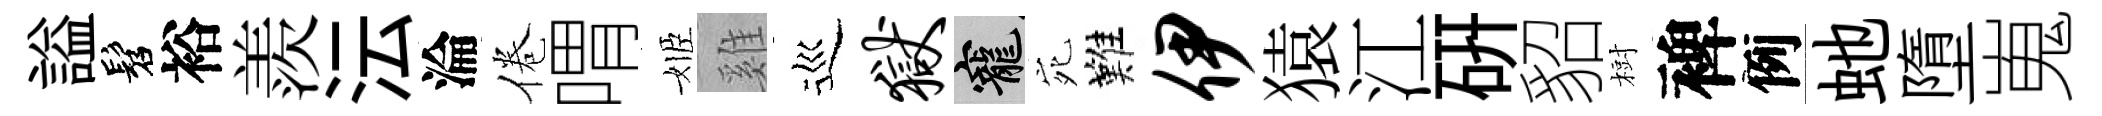
謚髫裕羨沄淪倦喟姬雞巡狱寵宛難伊猿江研貂𣗳裨例虵墮嵬